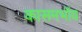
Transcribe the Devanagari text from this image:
कासमभॉय